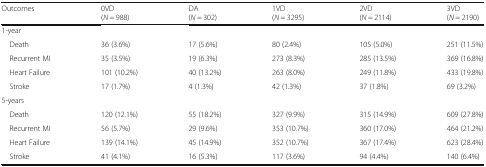
<table><thead><tr><td><b>Outcomes</b></td><td><b>0VD(<i>N</i> = 988)</b></td><td><b>DA(<i>N</i> = 302)</b></td><td><b>1VD(<i>N</i> = 3295)</b></td><td><b>2VD(<i>N</i> = 2114)</b></td><td><b>3VD(<i>N</i> = 2190)</b></td></tr></thead><tbody><tr><td colspan="6">1-year</td></tr><tr><td> Death</td><td>36 (3.6%)</td><td>17 (5.6%)</td><td>80 (2.4%)</td><td>105 (5.0%)</td><td>251 (11.5%)</td></tr><tr><td> Recurrent MI</td><td>35 (3.5%)</td><td>19 (6.3%)</td><td>273 (8.3%)</td><td>285 (13.5%)</td><td>369 (16.8%)</td></tr><tr><td> Heart Failure</td><td>101 (10.2%)</td><td>40 (13.2%)</td><td>263 (8.0%)</td><td>249 (11.8%)</td><td>433 (19.8%)</td></tr><tr><td> Stroke</td><td>17 (1.7%)</td><td>4 (1.3%)</td><td>42 (1.3%)</td><td>37 (1.8%)</td><td>69 (3.2%)</td></tr><tr><td colspan="6">5-years</td></tr><tr><td> Death</td><td>120 (12.1%)</td><td>55 (18.2%)</td><td>327 (9.9%)</td><td>315 (14.9%)</td><td>609 (27.8%)</td></tr><tr><td> Recurrent MI</td><td>56 (5.7%)</td><td>29 (9.6%)</td><td>353 (10.7%)</td><td>360 (17.0%)</td><td>464 (21.2%)</td></tr><tr><td> Heart Failure</td><td>139 (14.1%)</td><td>45 (14.9%)</td><td>352 (10.7%)</td><td>367 (17.4%)</td><td>623 (28.4%)</td></tr><tr><td> Stroke</td><td>41 (4.1%)</td><td>16 (5.3%)</td><td>117 (3.6%)</td><td>94 (4.4%)</td><td>140 (6.4%)</td></tr></tbody></table>